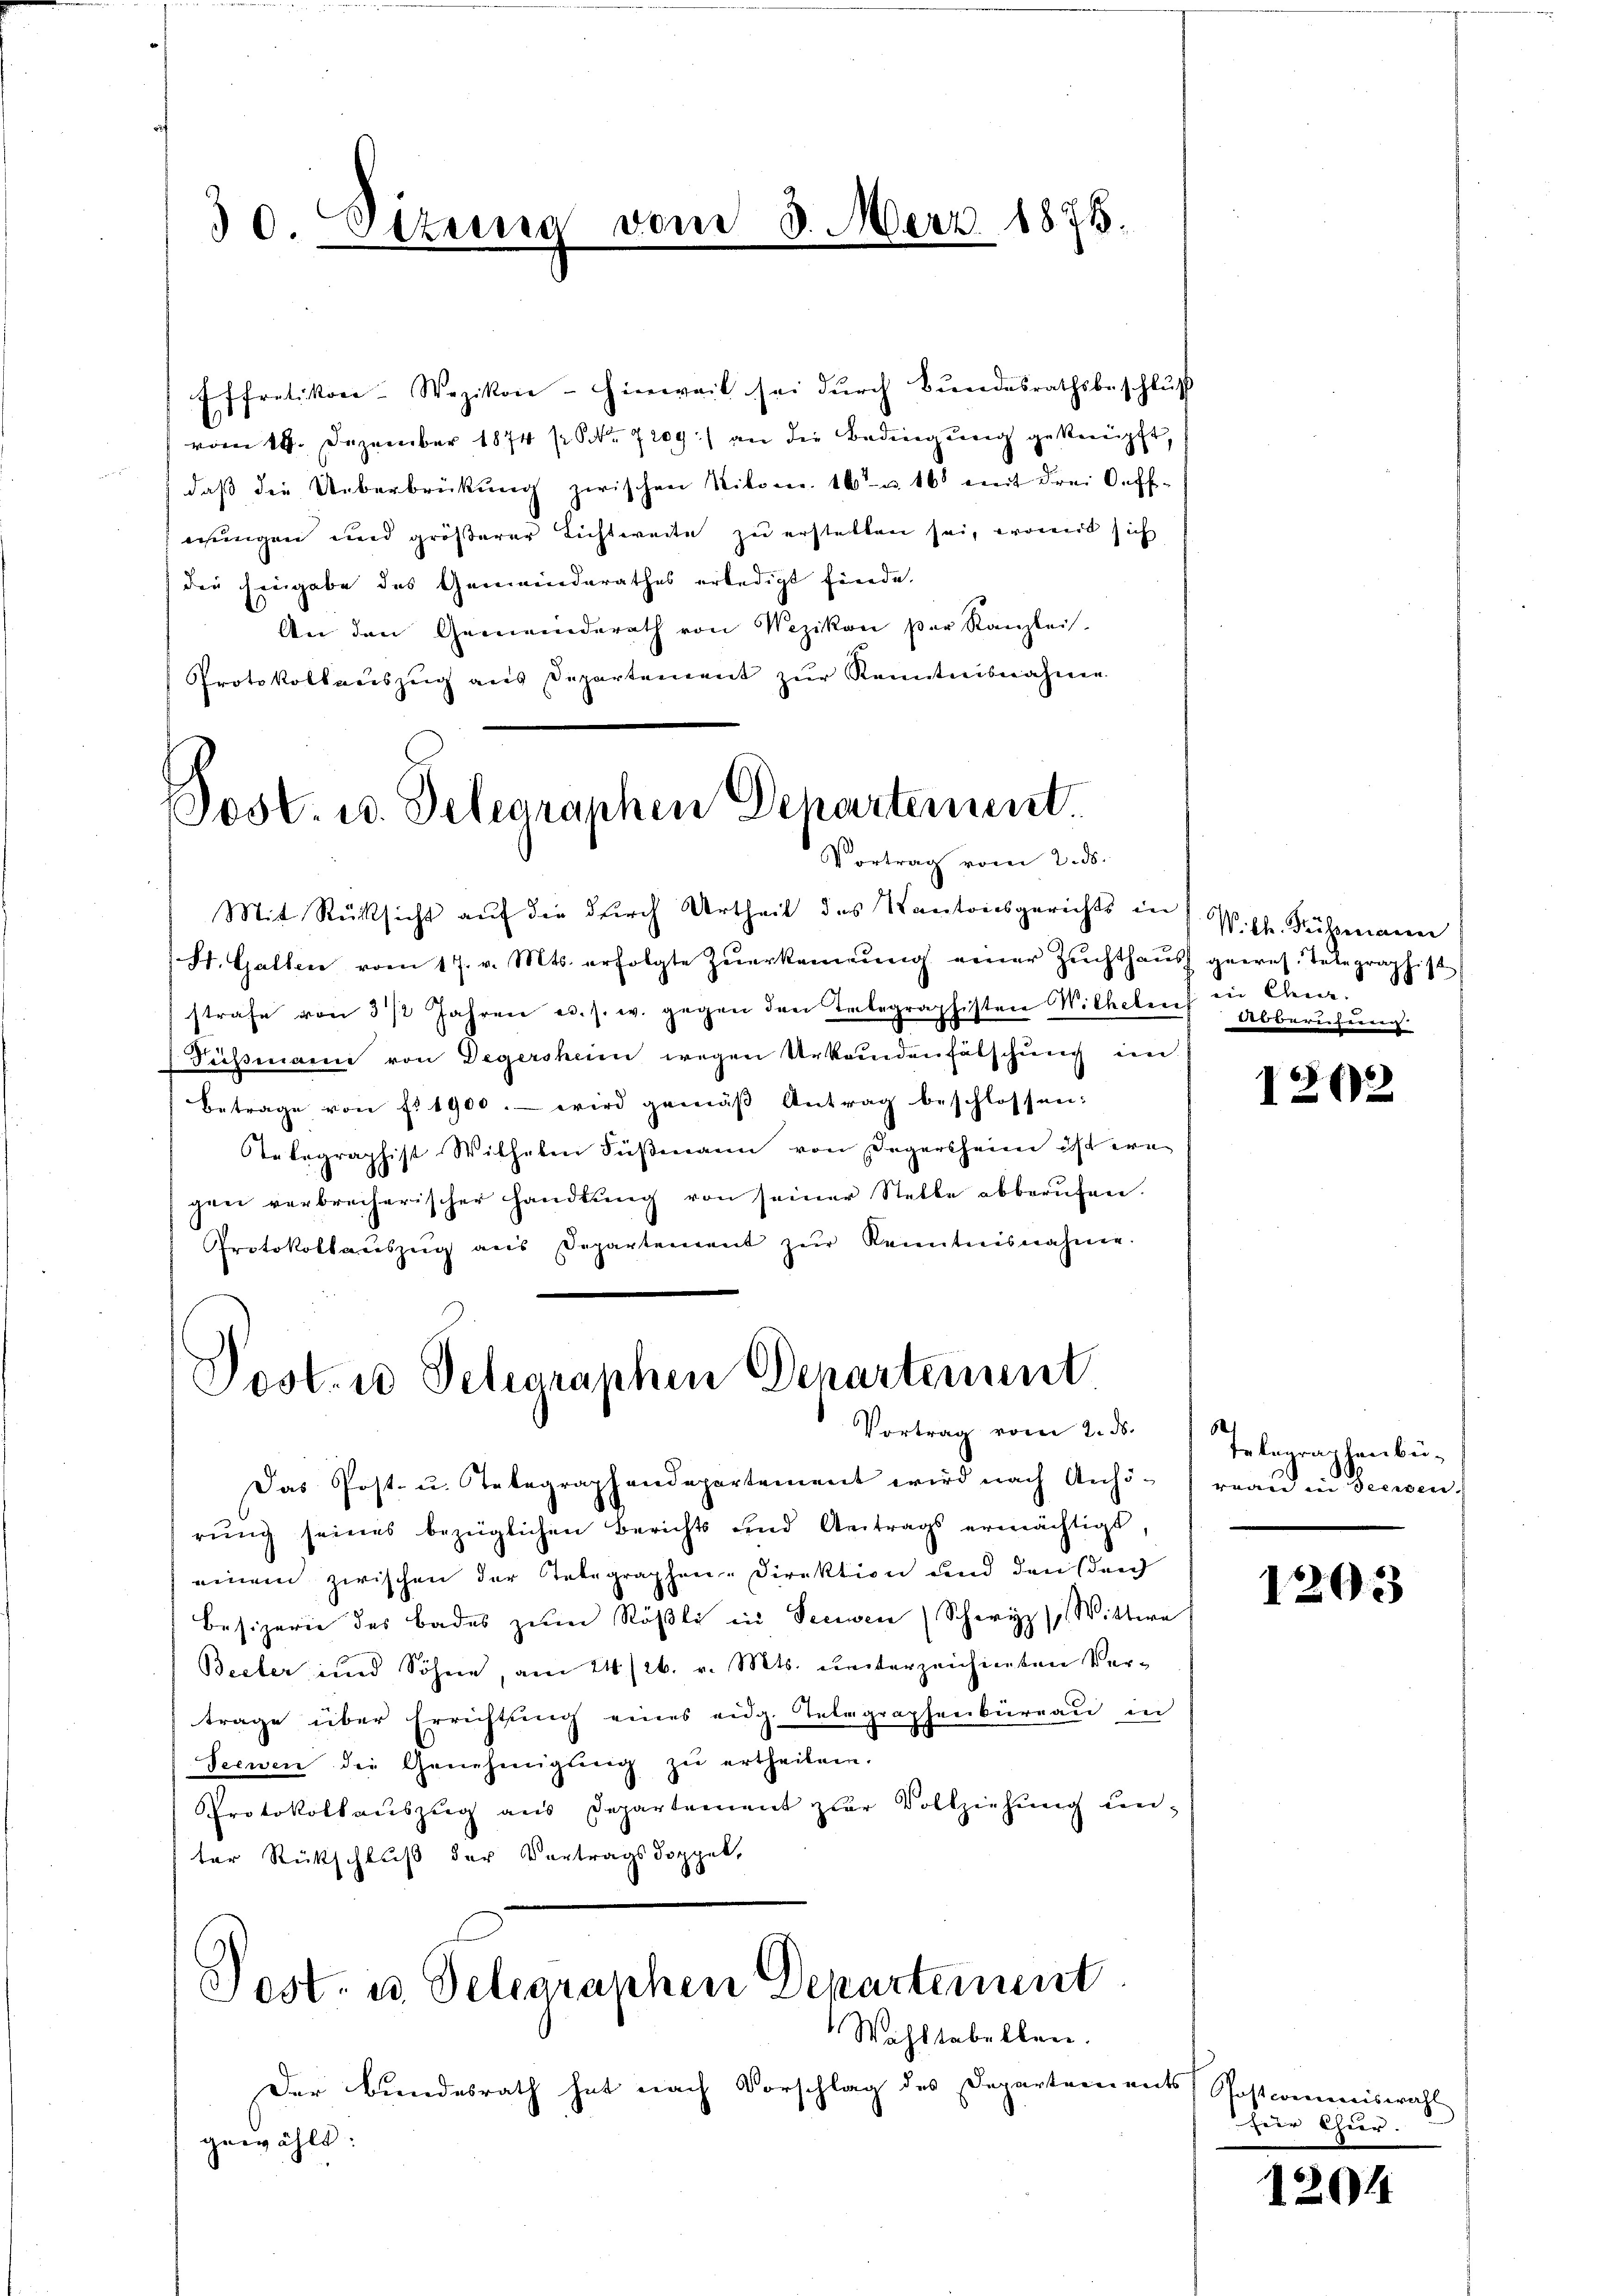
30. Sizung

vom 8. Merz 1878.

Effretikon-Wezikon - Hinweil sei dŭrch Bŭndesrathsbeschlŭβ
vom 18. Dezember 1874 p Nr. 7209) an die Bedingung geknüpft,
daß die Ueberbrückung zwischen Nikon. 16 u. 16 mit drei Oeff-
mungen und größerer Lichtweite zu erstellen sei, womit sich
dee hingabe des Gemeinderathes erledigt finde.
An den Gemeinderath von Mezikon der Kanzlei-
Protokollauszug aus Departement zur Kenntnisnahme

Post. u. Delegraphen Departement.
Vortrag vom 2. ds.

Mit Rücksicht auf die durch Urtheil des Kantonsgerichts in
St. Gallen vom 17. v. Mts. erfolgte Zŭerkennung einer Zŭchthaŭs gewes. Telegraphist
strafe von 3 1/2 Jahren u. s. w. gegen den Integraphisten Wilhelens in Cha-
Deissermanie von Degersheim wegen Urkundenfälschung im
Betrage von fr. 1900.- wird gemäβ Antrag beschlossen:
Telegraphist Wilhelm Süßmann von Dägersheim ist ern
gen verbrecherischer Handlŭng von seiner Stelle abberŭfen.
Protokollaŭszŭg ans Departement zŭr Kenntnisnahme.

Post- u Schearaphen Departement
Vortrag vom 2. ds.

Post- u. Delegraphen Departement

Das Post- u. Telegraphendepartement wird nach Anhö- reaŭ in Seeisen.
rung seines bezüglichen Berichts und Antrags ermächtigt,
einem zwischen der Telegraphen-Direktion und den durch
Besizern des Bades zŭm Röβli ein Seewen (Schwyz / Wittwe
Beeler und Söhne, am 24/26. v. Mts. unterzeichneten Vertrage über Errichtŭng eines eidg. Telegraphenbüreaŭ in
Seewen die Genehmigŭng zŭ ertheilen.
Protokollaŭszŭg ans Departement zŭr Vollziehŭng ŭn-
ter Rückschluß der Vertragsdoppel,

Wohltabellen.
Der Bundesrath hat nach Vorschlag des Departemen
gewählt:

W. Ch. Presserinner
debbareren

1202

Telegraphenbü-
.

1203

s Postcommiswahl
für thur.

1204